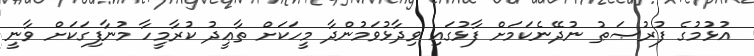
އުޅުމުގެ ފުރުޞަޠު ނުދޭނެކަމަށް ފާޅުގައި ވިދާޅުވަމުންދާ މީހަކަށް ތާޢީދު ކުރާމީހާ މުނާފިގަކަށް ވާނީ